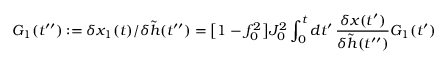
G _ { 1 } ( t ^ { \prime \prime } ) : = \delta x _ { 1 } ( t ) / \delta \tilde { h } ( t ^ { \prime \prime } ) = \big [ 1 - f _ { 0 } ^ { 2 } \big ] J _ { 0 } ^ { 2 } \int _ { 0 } ^ { t } d t ^ { \prime } \, \frac { \delta x ( t ^ { \prime } ) } { \delta \tilde { h } ( t ^ { \prime \prime } ) } G _ { 1 } ( t ^ { \prime } )